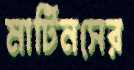
মার্টিনসের